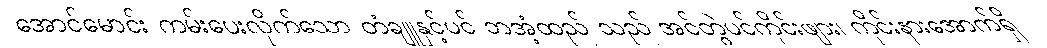
အောင်မောင်း ကမ်းပေးလိုက်သော တံချူနှင့်ပင် ဘအံ့ထည် သည် အင်တွဲပင်ကိုင်းဖျား၊ ကိုင်းနားအောက်ရှိ